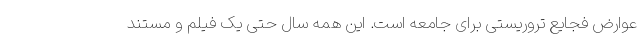
عوارض فجایع تروریستی برای جامعه است. این همه سال حتی یک فیلم و مستند